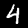
Digit: 4